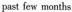
past few montbs。